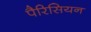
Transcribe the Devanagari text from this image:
पैरिसियन